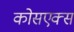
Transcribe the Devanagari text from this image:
कोसएक्स